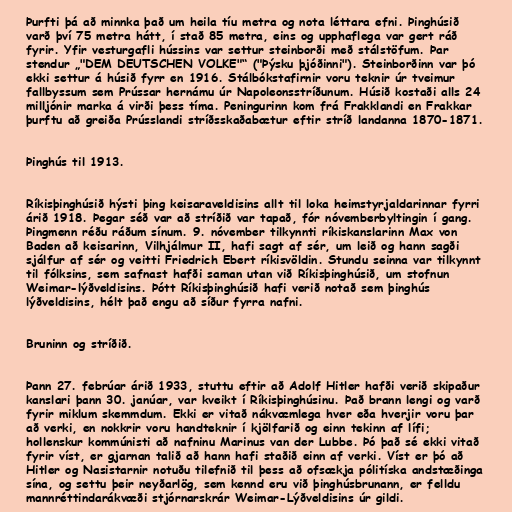
Þurfti þá að minnka það um heila tíu metra og nota léttara efni. Þinghúsið
varð því 75 metra hátt, í stað 85 metra, eins og upphaflega var gert ráð
fyrir. Yfir vesturgafli hússins var settur steinborði með stálstöfum. Þar
stendur „"DEM DEUTSCHEN VOLKE"“ ("Þýsku þjóðinni"). Steinborðinn var þó
ekki settur á húsið fyrr en 1916. Stálbókstafirnir voru teknir úr tveimur
fallbyssum sem Prússar hernámu úr Napoleonsstríðunum. Húsið kostaði alls 24
milljónir marka á virði þess tíma. Peningurinn kom frá Frakklandi en Frakkar
þurftu að greiða Prússlandi stríðsskaðabætur eftir stríð landanna 1870-1871.

Þinghús til 1913.

Ríkisþinghúsið hýsti þing keisaraveldisins allt til loka heimstyrjaldarinnar fyrri
árið 1918. Þegar séð var að stríðið var tapað, fór nóvemberbyltingin í gang.
Þingmenn réðu ráðum sínum. 9. nóvember tilkynnti ríkiskanslarinn Max von
Baden að keisarinn, Vilhjálmur II, hafi sagt af sér, um leið og hann sagði
sjálfur af sér og veitti Friedrich Ebert ríkisvöldin. Stundu seinna var tilkynnt
til fólksins, sem safnast hafði saman utan við Ríkisþinghúsið, um stofnun
Weimar-lýðveldisins. Þótt Ríkisþinghúsið hafi verið notað sem þinghús
lýðveldisins, hélt það engu að síður fyrra nafni.

Bruninn og stríðið.

Þann 27. febrúar árið 1933, stuttu eftir að Adolf Hitler hafði verið skipaður
kanslari þann 30. janúar, var kveikt í Ríkisþinghúsinu. Það brann lengi og varð
fyrir miklum skemmdum. Ekki er vitað nákvæmlega hver eða hverjir voru þar
að verki, en nokkrir voru handteknir í kjölfarið og einn tekinn af lífi;
hollenskur kommúnisti að nafninu Marinus van der Lubbe. Þó það sé ekki vitað
fyrir víst, er gjarnan talið að hann hafi staðið einn af verki. Víst er þó að
Hitler og Nasistarnir notuðu tilefnið til þess að ofsækja pólitíska andstæðinga
sína, og settu þeir neyðarlög, sem kennd eru við þinghúsbrunann, er felldu
mannréttindarákvæði stjórnarskrár Weimar-Lýðveldisins úr gildi.